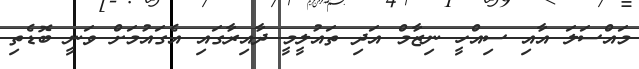
މައްސަލަ އާއި ސިއްހީ ނިޒާމް އަދި ތައުލީމީ ދާއިރާގައި އެގައުމަށް ވަނީ ބޮޑެތި